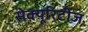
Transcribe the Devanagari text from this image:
सेक्यूरिटीज